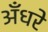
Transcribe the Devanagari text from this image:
अँधरे